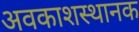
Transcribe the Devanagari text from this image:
अवकाशस्थानक